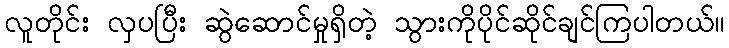
လူတိုင်း လှပပြီး ဆွဲဆောင်မှုရှိတဲ့ သွားကိုပိုင်ဆိုင်ချင်ကြပါတယ်။